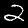
Label: 2